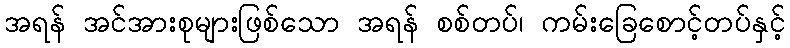
အရန် အင်အားစုများဖြစ်သော အရန် စစ်တပ်၊ ကမ်းခြေစောင့်တပ်နှင့်